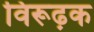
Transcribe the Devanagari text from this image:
विरूढ़क